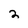
Character: 2